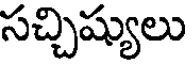
సచ్చిష్యులు